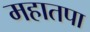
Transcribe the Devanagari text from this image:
महातपा